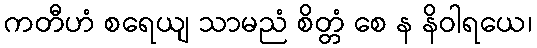
ကတီဟံ စရေယျ သာမညံ စိတ္တံ စေ န နိဝါရယေ၊